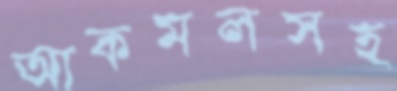
আকমলসহ